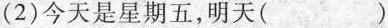
(2)今天是星期五，明天( )